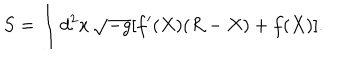
LaTeX: S = \int d ^ { 2 } x \, \sqrt { - g } [ f ^ { \prime } ( X ) ( R - X ) + f ( X ) ] .